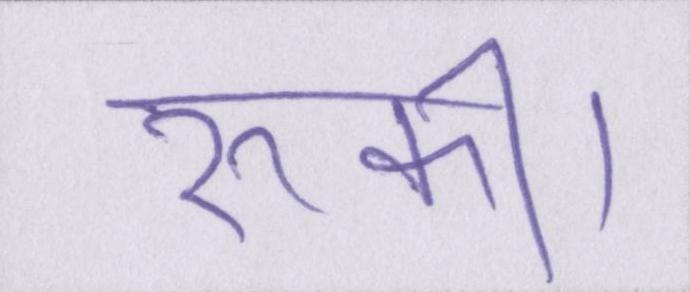
रुकी।